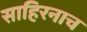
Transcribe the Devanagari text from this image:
साहिरनाच